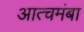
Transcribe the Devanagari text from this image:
आत्चमंबा